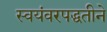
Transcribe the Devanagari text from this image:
स्वयंवरपद्धतीने